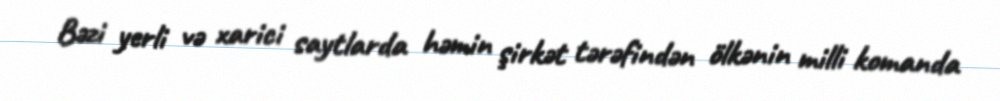
Bəzi yerli və xarici saytlarda həmin şirkət tərəfindən ölkənin milli komanda